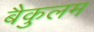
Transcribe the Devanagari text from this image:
बैकुलम